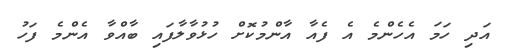
އަދި ހަމަ އެހެންމެ އެ ފެއާ އާންމުކޮށް ހުޅުވާލާފައި ބާއްވާ އެންމެ ފަހު